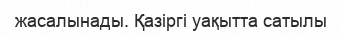
жасалынады. Қазіргі уақытта сатылы